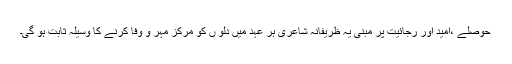
حوصلے ،امید اور رجائیت پر مبنی یہ ظریفانہ شاعری ہر عہد میں دلو ں کو مرکز مہر و وفا کرنے کا وسیلہ ثابت ہو گی۔